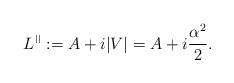
LaTeX: \begin{align*} {L^{\phantom{s}}\!\!}^{\scriptscriptstyle{||}} := A + i|V| = A + i\frac{\alpha^2}{2}.\end{align*}